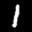
Label: 1